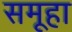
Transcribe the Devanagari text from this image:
समूहा